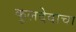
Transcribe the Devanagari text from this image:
कुलदेवाचा